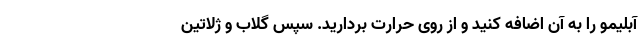
آبلیمو را به آن اضافه کنید و از روی حرارت بردارید. سپس گلاب و ژلاتین